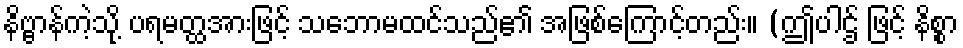
နိဗ္ဗာန်ကဲ့သို့ ပရမတ္ထအားဖြင့် သဘောမထင်သည်၏ အဖြစ်ကြောင့်တည်း။ (ဤပါဌ် ဖြင့် နိစ္စာ